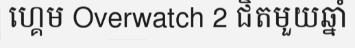
ហ្គេម Overwatch 2 ជិតមួយឆ្នាំ